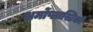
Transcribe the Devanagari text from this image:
थर्मोप्लास्टिकों